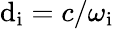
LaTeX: \mathrm{d}_{\mathrm{{i}}}=c/\omega_{\mathrm{{i}}}